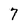
Character: 7